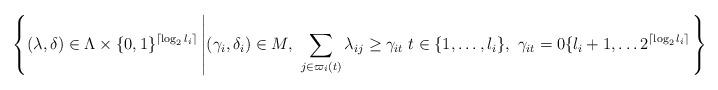
LaTeX: \begin{align*}\left\{(\lambda, \delta) \in \Lambda \times\{0,1\}^{\lceil \log_2l_i \rceil} \left| (\gamma_i, \delta_i) \in M,\ \sum_{j \in \varpi_i(t)} \lambda_{ij} \geq \gamma_{it} \; t \in \{1, \ldots, l_i \},\ \gamma_{it} = 0 \{l_i+1, \ldots 2^{\lceil \log_2 l_i \rceil} \right.\right\}\end{align*}